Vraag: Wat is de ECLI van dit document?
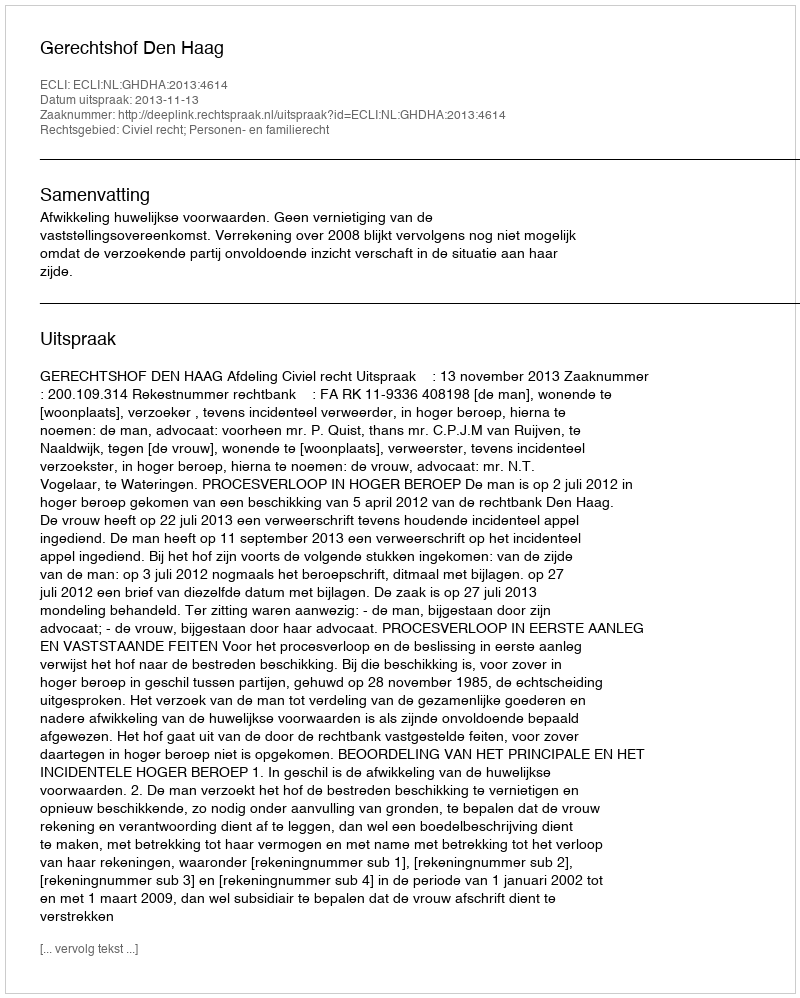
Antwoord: ECLI:NL:GHDHA:2013:4614